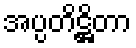
အပ္ပတိဋ္ဌိတာ